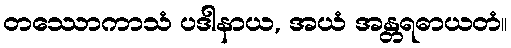
တဿောကာသံ ပဒါနာယ, အယံ အန္တရဓာယတံ။